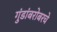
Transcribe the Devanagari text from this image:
गुंडांबरोबरचे